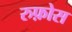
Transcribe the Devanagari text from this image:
रुफ़ोस